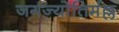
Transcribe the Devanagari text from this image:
जगज्योतिर्मल्ल